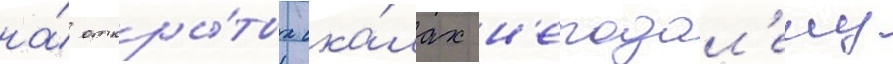
на́ откры́тых ска́лах н'еподал'еку